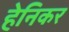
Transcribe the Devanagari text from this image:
हेनिकर